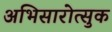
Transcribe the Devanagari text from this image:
अभिसारोत्सुक